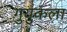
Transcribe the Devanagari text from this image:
गुयुकला